Medical and sanitary report of the native army of Bengal for the year
Year: 1876
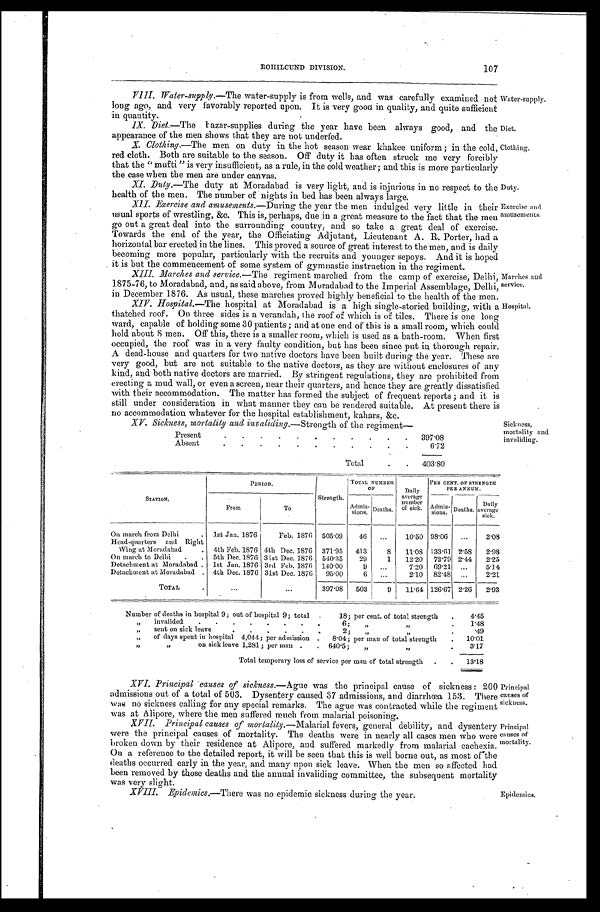
107
ROHILCUND DIVISION.
VIII. Water-supply.—The water-supply is from wells, and was carefully examined not Water-supply.
long ago, and very favorably reported upon. It is very good in quality, and quite sufficient
in quantity.
IX. Diet.—The kazar-supplies during the year have been always good, and the Diet.
appearance of the men shows that they are not underfed.
X.Clothing.—The men on duty in the hot season wear khakee uniform; in the cold, Clothing.
red cloth. Both are suitable to the season. Off duty it has often struck me very forcibly
that the "mufti " is very insufficient, as a rule, in the cold weather; and this is more particularly
the case when the men are under canvas.
XI. Duty.—The duty at Moradabad is very light, and is injurious in no respect to the Duty.
health of the men. The number of nights in bed has been always large.
XII. Exercise and amusements.—During the year the men indulged very little in their Exercise and
usual sports of wrestling, &c. This is, perhaps, due in a great measure to the fact that the men amusements.
go out a great deal into the surrounding country, and so take a great deal of exercise.
Towards the end of the year, the Officiating Adjutant, Lieutenant A. R. Porter, had a
horizontal bar erected in the lines. This proved a source of great interest to the men, and is daily
becoming more popular, particularly with the recruits and younger sepoys. And it is hoped
it is but the commencement of some system of gymnastic instruction in the regiment.
XIII. Marches and service.—The regiment marched from the camp of exercise, Delhi, Marches and
1875-76, to Moradabad, and, as said above, from Moradabad to the Imperial Assemblage, Delhi,
service.in December 1876. As usual, these marches proved highly beneficial to the health of the men.
X1V. Hospital—The hospital at Moradabad is a high single-storied building, with a Hospital.
thatched roof. On three sides is a verandah, the roof of which is of tiles. There is one long
ward, capable of holding some 30 patients; and at one end of this is a small room, which could
hold about 8 men. Off this, there is a smaller room, which is used as a bath-room. When first
occupied, the roof was in a very faulty condition, but has been since put in thorough repair.
A dead-house and quarters for two native doctors have been built during the year. These are
very good, but are not suitable to the native doctors, as they are without enclosures of any
kind, and both native doctors are married. By stringent regulations, they are prohibited from
erecting a mud wall, or even a screen, near their quarters, and hence they are greatly dissatisfied
with their accommodation. The matter has formed the subject of frequent reports; and it is
still under consideration in what manner they can be rendered suitable. At present there is
no accommodation whatever for the hospital establishment, kahars, &c.
XV. Sickness, mortality and invaliding.—Strength of the regiment—
Present
3 9 7 . 0 8
Absent.
6 . 7 2
Total.
4 0 3 . 8 0
STATI ON,
P E R I O D . .
Strength.
TOTAL NUMBER
O F
Daily
average number of sick.
PER CENT. OF STRENGTH
PER ANNUM.
From
To
A d m i s - s i o n s . Deat
hs.
, A d m i s - s i o n s .
sions. D eat hs. Daily
average s i c k .
On march from Delhi. 1st Jan. 1876 Feb. 1876 505.09 46
10.50 98.06
2 . 0 8
Head-quartersandRight Wing at Moradabad. 4th Feb. 1876 4th Dec. 1876 371.95 413 8 11.08 133.61 2.58 2 . 9 8
On march to Delhi
5th Dec.1876 31st Dec. 1876 540.35 29 1 12.20 72.79 2.44 2 . 2 5
Detachment at Moradabad . 1st Jan. 1876 3rd Feb. 1876 140.00
7.20 69.21
5 . 1 4
Detachment at Moradabad. 4th Dec. 1876 31st Dec. 1876 95.00 6
2.10 82.48
2 . 2 1
TOTAL
397.08 503 9 11.64 126.67 2.26 2 . 9 3
Number of deaths in hospital 9; out of hospital 9; total18; per cent. of total strength
4.45
„invalided6;„
1 . 4 8
sent on sick leave2;
. 49
„
•
„
.
„ of days spent in hospital4,044; per adission • 8 ' 0 4 ; p e r m a n o f t o t a l s t r e n g t h
. 10-01
on sick leave 1,281; per man..640.5;„ „
3 . 1 7
Total temporary loss of service per man of total strength
1 3 . 1 8
XVI. Principal 'causes of sickness.— Ague was the principal. cause of sickness: 200 Principal
admi ssi ons out of a t ot al of 503. Dysent ery caused 37 admi ssi ons, and di arrhœa 153. There causes of
was no sickness calling for any special remarks. The ague was contracted while the regiment Sickness.
was at Alipore, where the men suffered much from malarial poisoning.
MI. Principal causes of mortality.—Malarial fevers, general debility, and dysentery Principal
were the principal causes of mortality. The deaths were in nearly all cases men who were causes.°.
broken down by their residence at Alipore, and suffered markedly from malarial cachexia. mortal ity
On a reference to the detailed report, it will be seen that this is well borne out, as most of the
deaths occurred early in the year, and many upon sick leave. When the men so affected had
been removed by those deaths and the annual invaliding committee, the subsequent mortality
was very slight.
XVIII. Epidemics.--There was no epidemic sickness during the year.
Sickness,
mortality and
invaliding.
Epidemics.